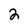
Character: 2